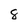
Character: 8